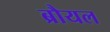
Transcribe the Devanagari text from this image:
ब्रौयल